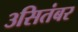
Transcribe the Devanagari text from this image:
३सितंबर